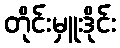
တိုင်းမှူးဒိုင်း